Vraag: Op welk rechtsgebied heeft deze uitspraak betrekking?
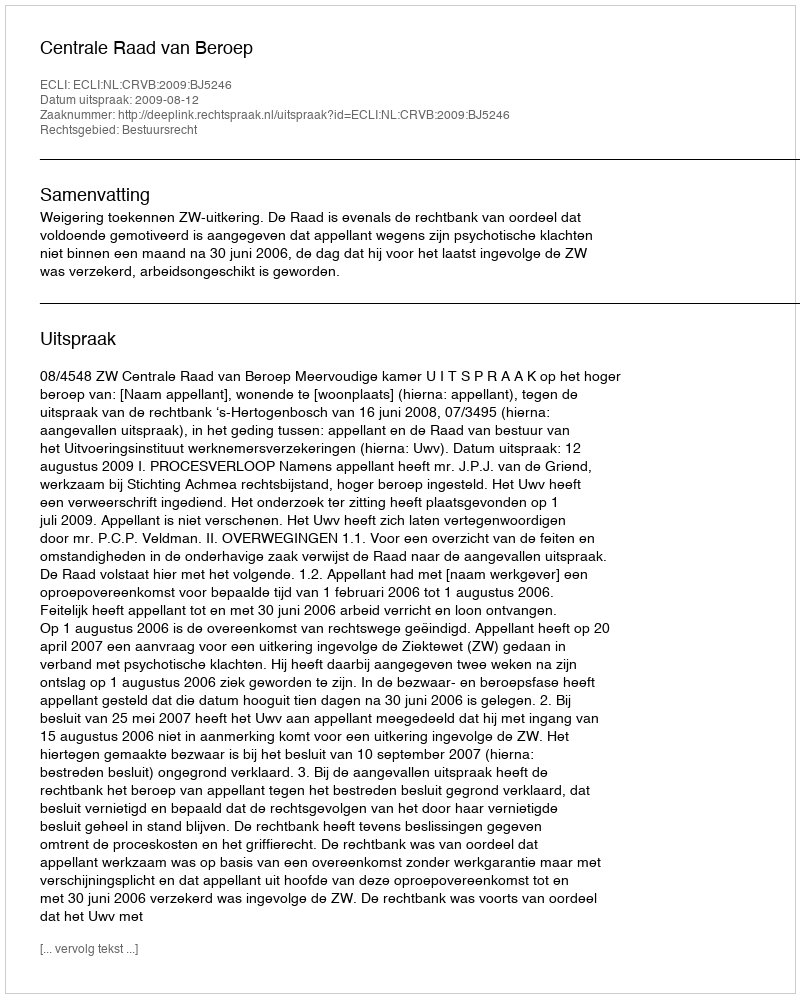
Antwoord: Bestuursrecht